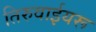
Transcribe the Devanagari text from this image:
तिरुवाईयरू